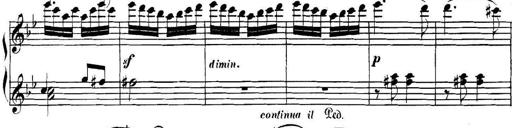
Title: Collected Piano Sonatas
Composer: Muzio Clementi